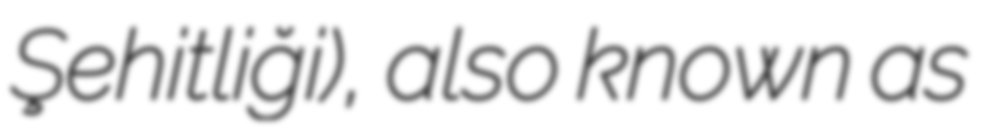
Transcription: Şehitliği), also known as